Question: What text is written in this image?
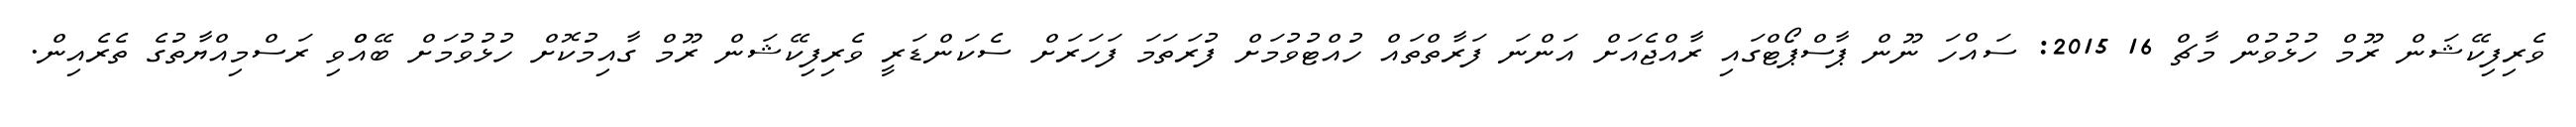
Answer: ވެރިފިކޭޝަން ރޫމް ހުޅުވުން މާޗް 16 2015: ސައްހަ ނޫން ޕާސްޕޯޓްގައި ރާއްޖެއަށް އަންނަ ފަރާތްތައް ހުއްޓުވުމަށް ފުރަތަމަ ފަހަރަށް ސެކަންޑަރީ ވެރިފިކޭޝަން ރޫމް ގާއިމުކޮށް ހުޅުވުމަށް ބޭއްްވި ރަސްމިއްޔާތުގެ ތެރެއިން.